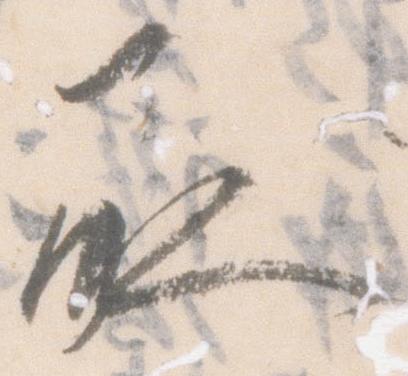
承